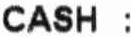
CASH :